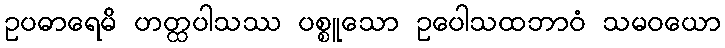
ဥပဓာရေမိ ဟတ္ထပါသဿ ပစ္စူသော ဥပေါသထဘာဝံ သမဝယော